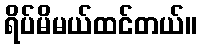
ရိပ်မိမယ်ထင်တယ်။